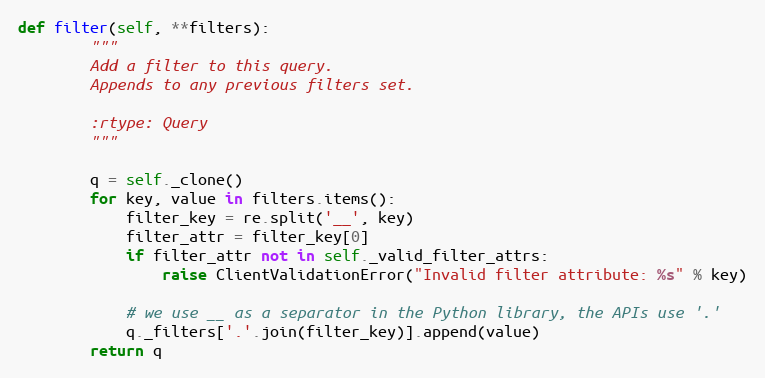
Language: Python
def filter(self, **filters):
        """
        Add a filter to this query.
        Appends to any previous filters set.

        :rtype: Query
        """

        q = self._clone()
        for key, value in filters.items():
            filter_key = re.split('__', key)
            filter_attr = filter_key[0]
            if filter_attr not in self._valid_filter_attrs:
                raise ClientValidationError("Invalid filter attribute: %s" % key)

            # we use __ as a separator in the Python library, the APIs use '.'
            q._filters['.'.join(filter_key)].append(value)
        return q